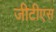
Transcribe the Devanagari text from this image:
जीटीएस